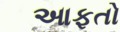
આફતો